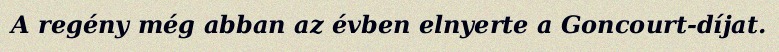
A regény még abban az évben elnyerte a Goncourt-díjat.